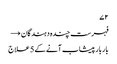
۷۲
فہرست چندہ دہندگان →
بار بار پیشاب آنے کے 5 علاج